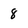
Character: 8